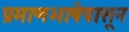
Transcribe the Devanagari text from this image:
प्रमाणभाषेपासून